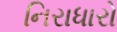
નિરાધારો